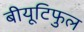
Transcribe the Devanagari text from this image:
बीयूटिफुल